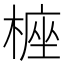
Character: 𣖵